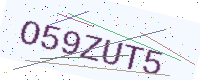
Text: O59ZUT5